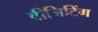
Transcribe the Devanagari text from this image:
वीजिटिंग